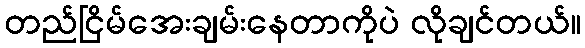
တည်ငြိမ်အေးချမ်းနေတာကိုပဲ လိုချင်တယ်။